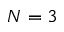
N = 3